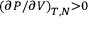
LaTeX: \scriptstyle \left( { { \partial P } / { \partial V } } \right) _ { T , N } > 0